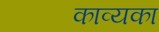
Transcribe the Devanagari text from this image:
काव्यका